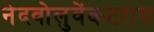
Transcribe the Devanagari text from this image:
नेदवोलुवेंकटराव